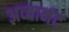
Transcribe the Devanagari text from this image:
अव्दानंद